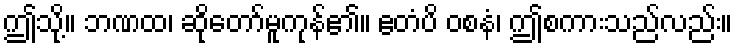
ဤသို့။ ဘဏထ၊ ဆိုတော်မူကုန်၏။ ဧတံပိ ဝစနံ၊ ဤစကားသည်လည်း။